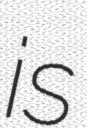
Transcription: is